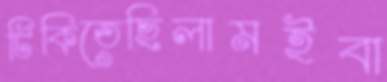
টিকিতেছিলামইবা